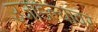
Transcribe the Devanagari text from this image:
उजाडल्यावर